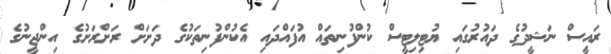
ރައީސް ނަޝީދުގެ ދައުރުގައި ޔުޓިލިޓީސް ކުންފުނިތައް އުފައްދައި އެކުންފުނިތަކުގެ ދަށަށް ރަށްރަށުގެ އިންޖީނުގެ